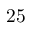
2 5